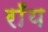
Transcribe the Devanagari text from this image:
राँय